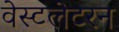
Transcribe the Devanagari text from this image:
वेस्टलेटरन